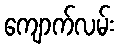
ကျောက်လမ်း